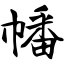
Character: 幡